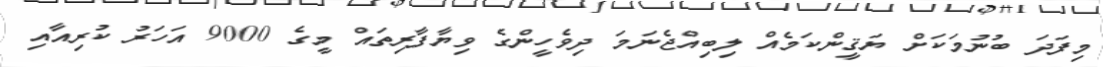
މިފަދަ ބުނުމަކަށް ޔަޤީންކަމެއް ލިބިއްޖެނަމަ ދިވެހީންގެ ވިޔާފާރިތައް މީގެ 9000 އަހަރު ކުރިއާއި